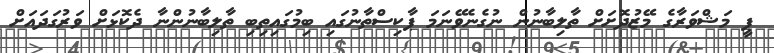
ޕީ މަޝްވަރާގެ މޭޒުދޮށަށް ތާލިބާނުން ނުގެނެވޭނަމަ ޕާކިސްތާނުގައި ބިމުގައިތިބި ތާލިބާނުންނާ ދެކޮޅަށް ވަރުގަދައަށް